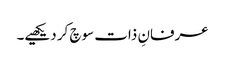
عرفانِ ذات سوچ کر دیکھیے۔